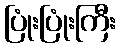
ပြုံးပြုံးကြီး